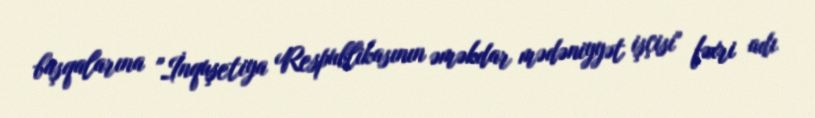
başqalarına "İnquşetiya Respublikasının əməkdar mədəniyyət işçisi" fəxri adı